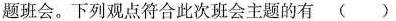
题班会。下列观点符合此次班会主题的有()